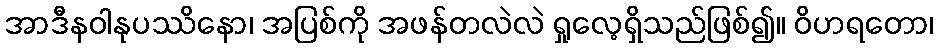
အာဒီနဝါနုပဿိနော၊ အပြစ်ကို အဖန်တလဲလဲ ရှုလေ့ရှိသည်ဖြစ်၍။ ဝိဟရတော၊